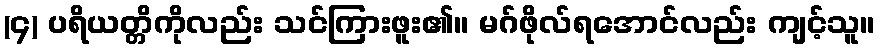
(၄) ပရိယတ္တိကိုလည်း သင်ကြားဖူး၏။ မဂ်ဖိုလ်ရအောင်လည်း ကျင့်သူ။